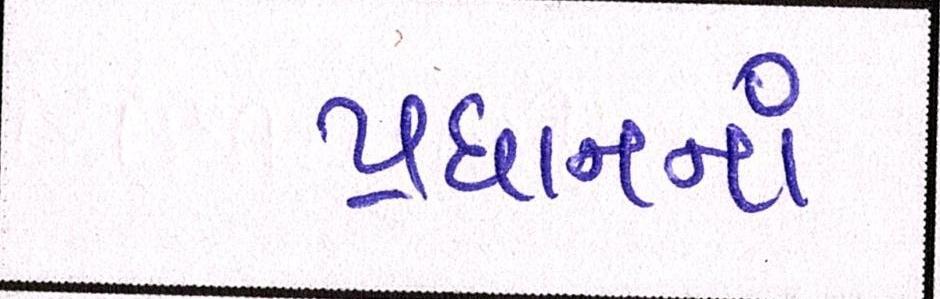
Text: પ્રધાનનાં